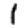
Digit: 1